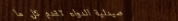
صيدلية الدواء تقدم كل ما